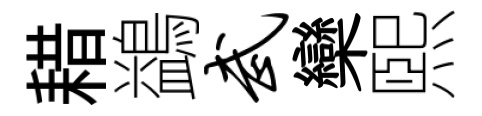
耤鷁武欒煕